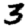
Digit: 3